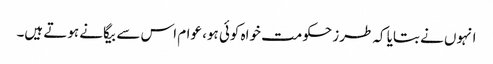
انہوں نے بتایا کہ طرز حکومت خواہ کوئی ہو، عوام اس سے بیگانے ہوتے ہیں۔